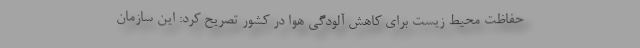
حفاظت محیط‌ زیست برای کاهش آلودگی هوا در کشور تصریح کرد: این سازمان